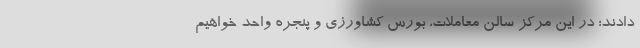
دادند؛ در این مرکز سالن معاملات، بورس کشاورزی و پنجره واحد خواهیم